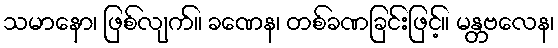
သမာနော၊ ဖြစ်လျက်။ ခဏေန၊ တစ်ခဏခြင်းဖြင့်။ မန္တဗလေန၊